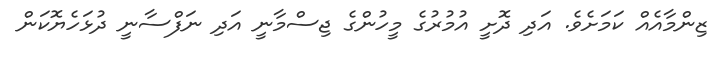
ޒިންމާއެއް ކަމަށެވެ. އަދި ދޮށީ އުމުރުގެ މީހުންގެ ޖިސްމާނީ އަދި ނަފްސާނީ ދުޅަހެޔޮކަން